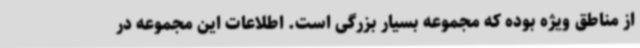
از مناطق ویژه بوده که مجموعه بسیار بزرگی است. اطلاعات این مجموعه در